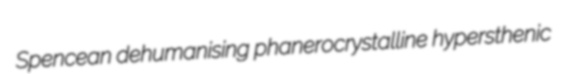
Spencean dehumanising phanerocrystalline hypersthenic